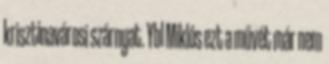
krisztinavárosi szárnyat. Ybl Miklós ezt a művét már nem